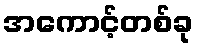
အကောင့်တစ်ခု